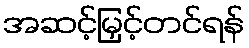
အဆင့်မြှင့်တင်ရန်